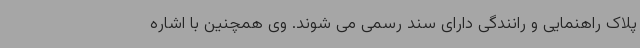
پلاک راهنمایی و رانندگی دارای سند رسمی می شوند. وی همچنین با اشاره